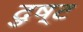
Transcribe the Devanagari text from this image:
दुष्‍ट